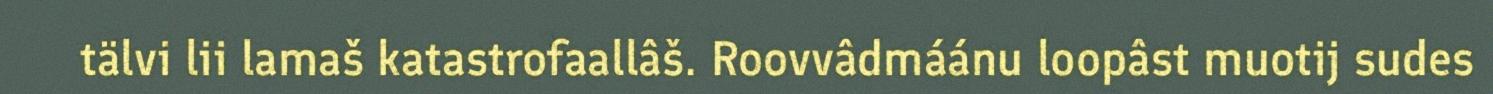
tälvi lii lamaš katastrofaallâš. Roovvâdmáánu loopâst muotij sudes